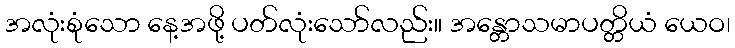
အလုံးစုံသော နေ့အဖို့ ပတ်လုံးသော်လည်း။ အန္တောသမာပတ္တိယံ ယေဝ၊